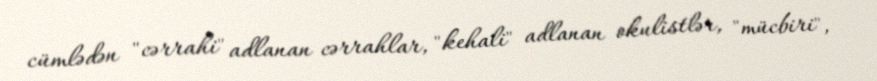
cümlədən "cərrahi" adlanan cərrahlar, "kehali" adlanan okulistlər, "mücbiri",